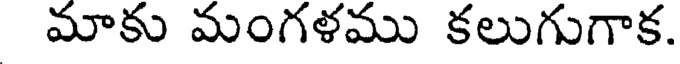
మాకు మంగళము కలుగుగాక.